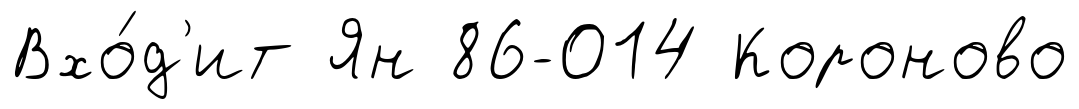
Вхо́д'ит Ян 86-014 Короново